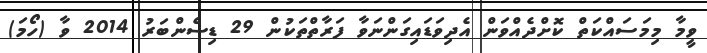
ވީމާ މިމަސައްކަތް ކޮށްދެއްވަން އެދިވަޑައިގަންނަވާ ފަރާތްތަކުން 29 ޑިސެންބަރު 2014 ވާ (ހޯމަ)